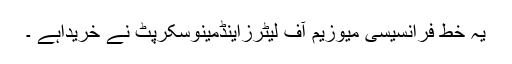
یہ خط فرانسیسی میوزیم آف لیٹرزاینڈمینوسکرپٹ نے خریداہے ۔